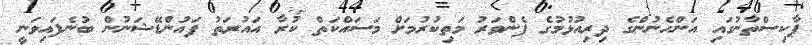
ޕާކިސްތާނުގައި އަންހެނުންގެ ދިރިއުޅުމުގެ ފެންވަރު މަތިކުރުމަށް މަސައްކަތް ކުރާ އައުރަތު ފައުންޑޭޝަނުން ބުނެފައިވަނީ